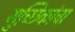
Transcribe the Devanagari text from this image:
गुच्छिकांचा